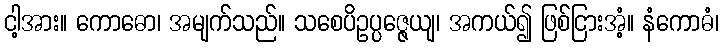
ငါ့အား။ ကောဓော၊ အမျက်သည်။ သစေပိဥပ္ပဇ္ဇေယျ၊ အကယ်၍ ဖြစ်ငြားအံ့။ နံကောဓံ၊